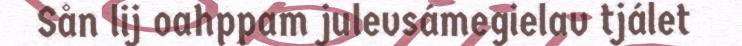
Sån lij oahppam julevsámegielav tjálet